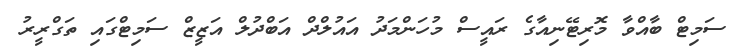
ސަމިޓް ބާއްވާ މޮރިޓޭނިއާގެ ރައީސް މުހަންމަދު އައުލްދް އަބްދުލް އަޒީޒް ސަމިޓްގައި ތަގްރީރު